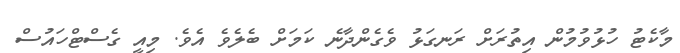
މާކެޓު ހުޅުވުމުން އިތުރަށް ރަނގަޅު ވެގެންދާނެ ކަމަށް ބެލެވެ އެވެ. މިއީ ގެސްޓްހައުސް